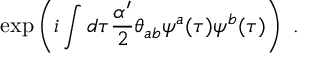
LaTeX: \exp \left( i \int d \tau \frac { \alpha ^ { \prime } } { 2 } \theta _ { a b } \psi ^ { a } ( \tau ) \psi ^ { b } ( \tau ) \right) \ .